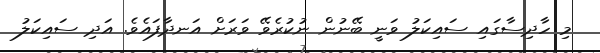
މި ހާދިސާގައި ސައިކަލު ވަނީ ބޭނުން ނުކުރެވޭ ވަރަށް އަނދާފައެވެ. އަދި ސައިކަލު